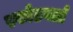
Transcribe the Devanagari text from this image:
स्फोटगर्ता